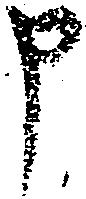
申